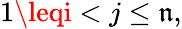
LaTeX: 1\leqi<j\leq\mathfrak{n},